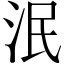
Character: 泯